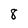
Character: 8